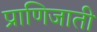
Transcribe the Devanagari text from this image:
प्राणिजाती